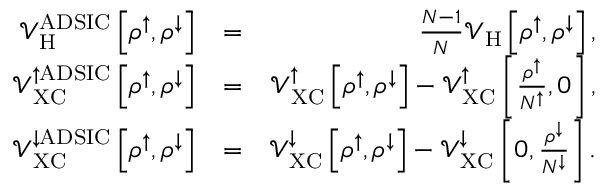
\begin{array} { r l r } { \mathcal { V } _ { \mathrm { H } } ^ { \mathrm { A D S I C } } \left[ \rho ^ { \uparrow } , \rho ^ { \downarrow } \right] } & { = } & { \frac { N - 1 } { N } \mathcal { V } _ { \mathrm { H } } \left[ \rho ^ { \uparrow } , \rho ^ { \downarrow } \right] , } \\ { \mathcal { V } _ { \mathrm { X C } } ^ { \uparrow \mathrm { A D S I C } } \left[ \rho ^ { \uparrow } , \rho ^ { \downarrow } \right] } & { = } & { \mathcal { V } _ { \mathrm { X C } } ^ { \uparrow } \left[ \rho ^ { \uparrow } , \rho ^ { \downarrow } \right] - \mathcal { V } _ { \mathrm { X C } } ^ { \uparrow } \left[ \frac { \rho ^ { \uparrow } } { N ^ { \uparrow } } , 0 \right] , } \\ { \mathcal { V } _ { \mathrm { X C } } ^ { \downarrow \mathrm { A D S I C } } \left[ \rho ^ { \uparrow } , \rho ^ { \downarrow } \right] } & { = } & { \mathcal { V } _ { \mathrm { X C } } ^ { \downarrow } \left[ \rho ^ { \uparrow } , \rho ^ { \downarrow } \right] - \mathcal { V } _ { \mathrm { X C } } ^ { \downarrow } \left[ 0 , \frac { \rho ^ { \downarrow } } { N ^ { \downarrow } } \right] . } \end{array}